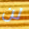
لن